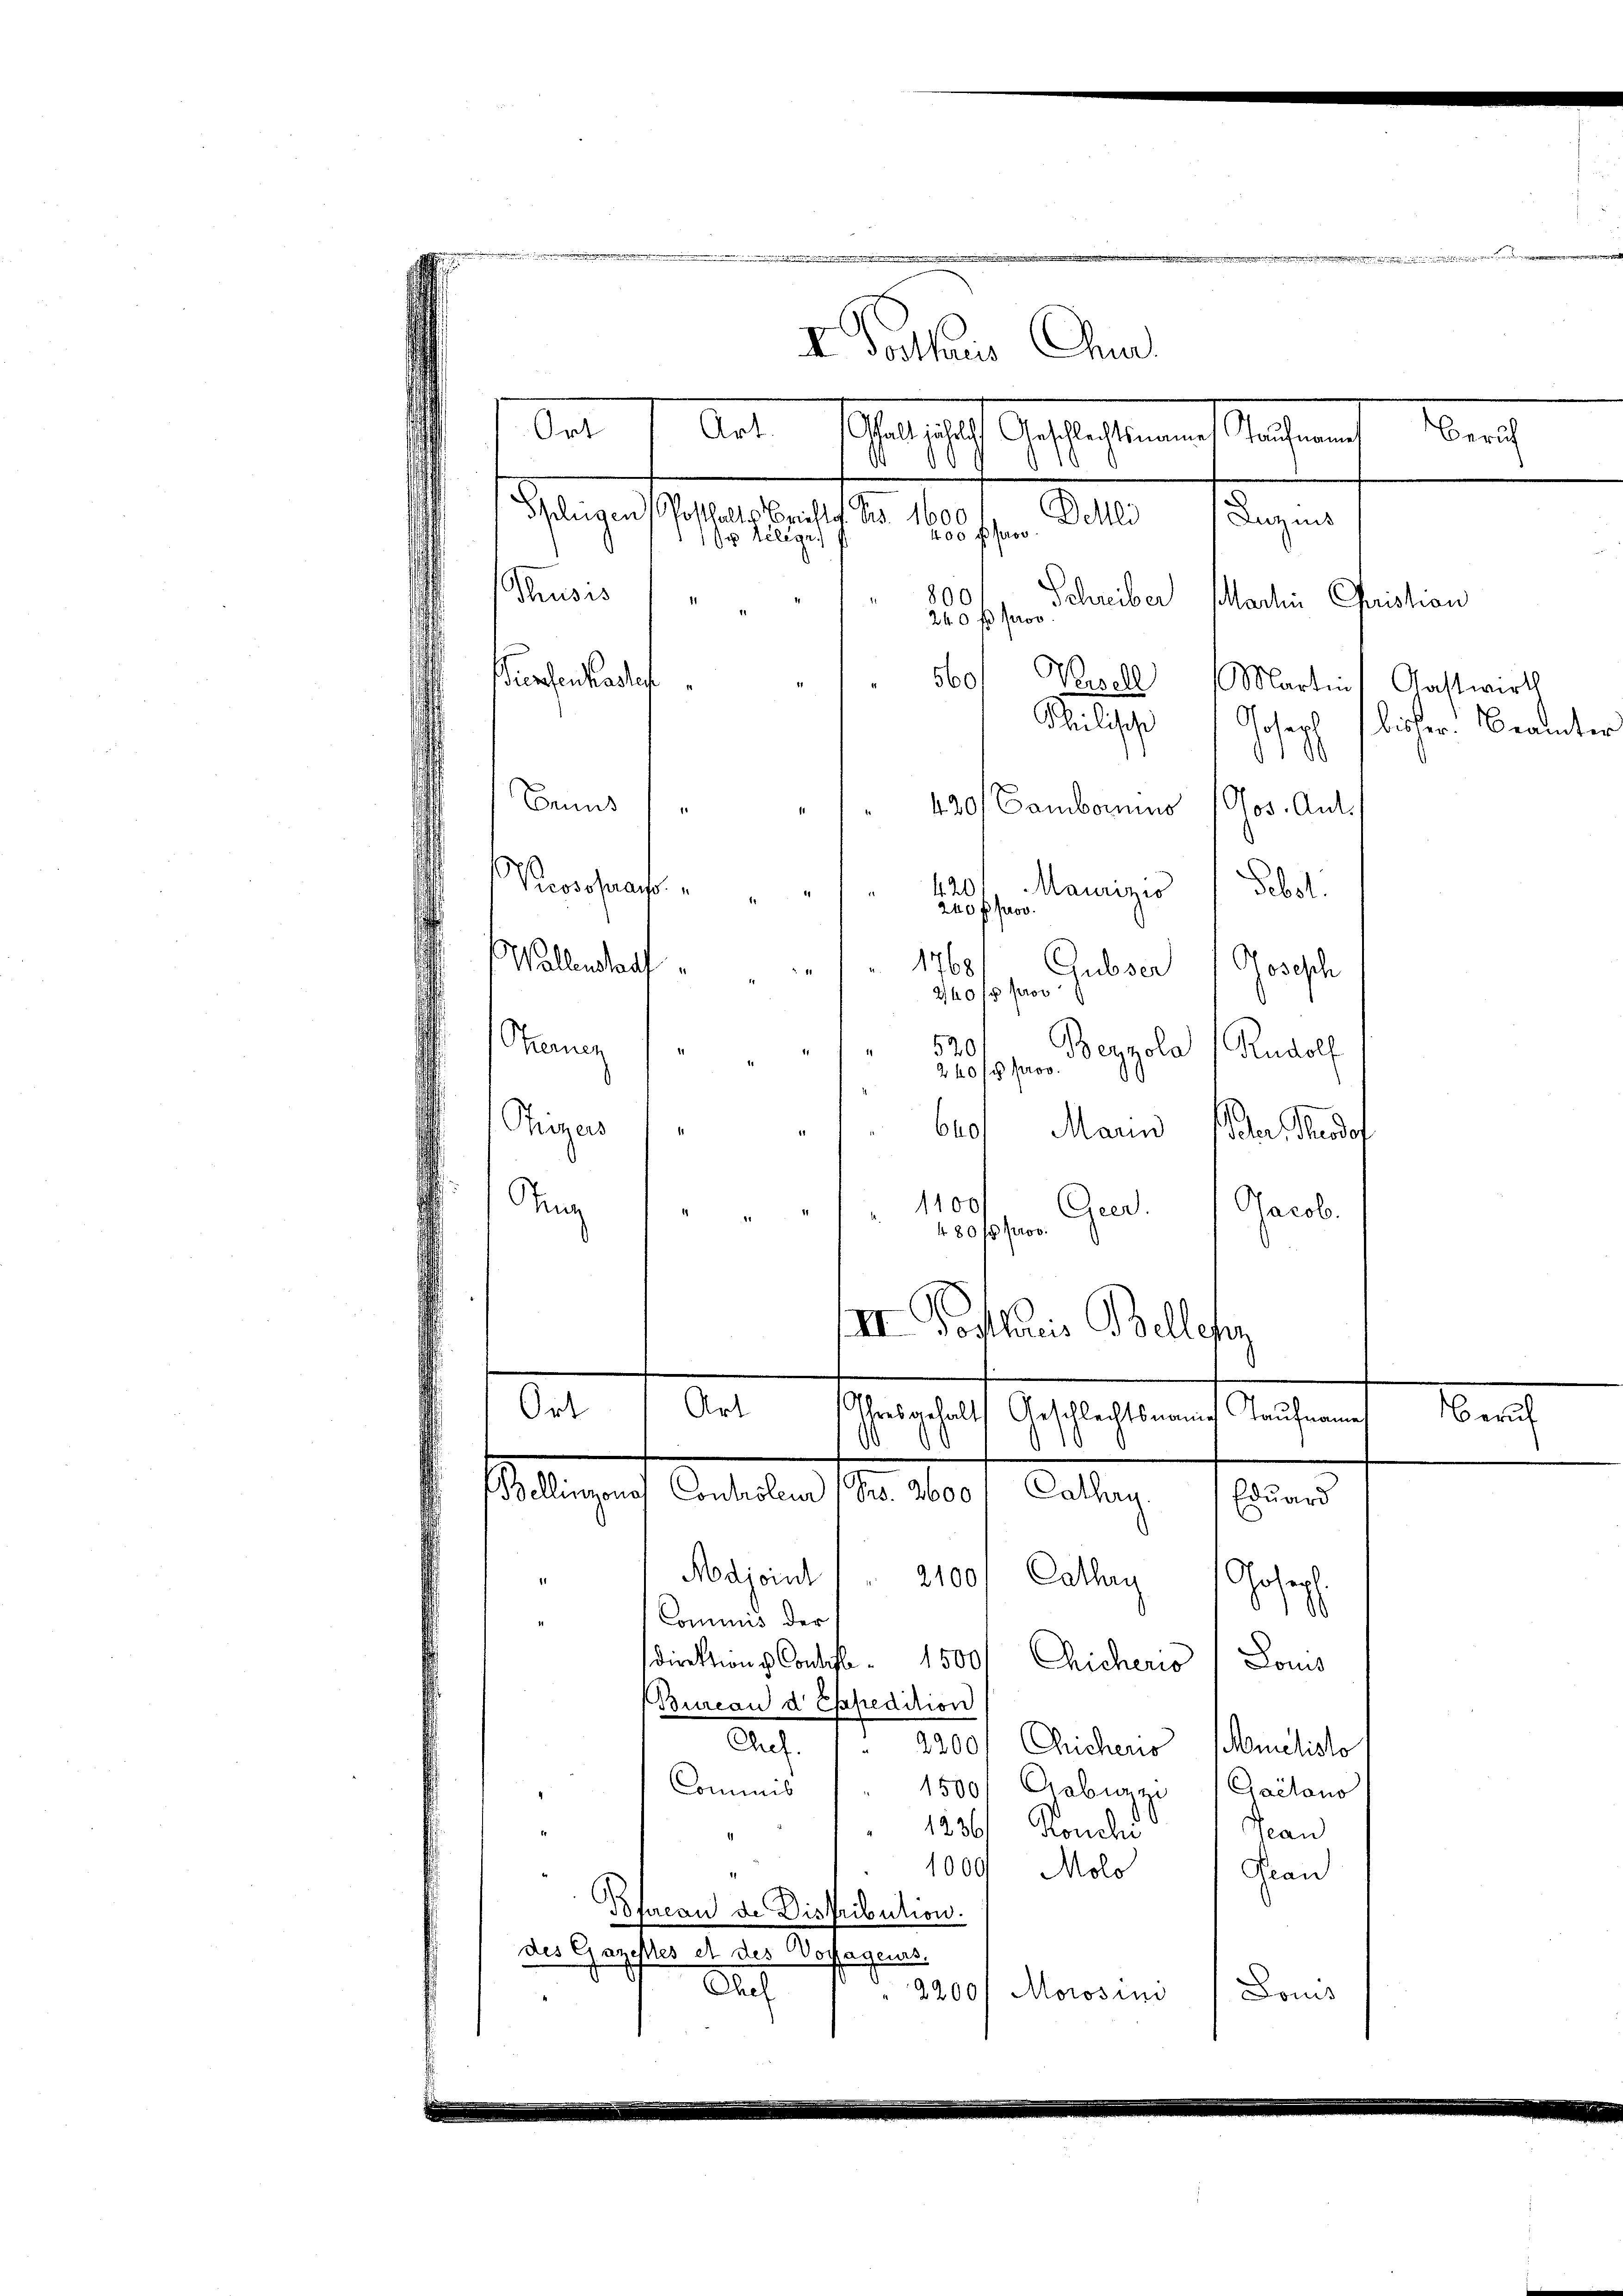
400 f prov
1x Telege.
Thusis
800
Schreiber Martin Christian
240 fl pro
560
Pinsenkasten
Verzell Martin Gastwirth
Philische
Gosarh
¬
¬
Sams
420/ Cambornino (Ges. Ant.
Preosofrat. " "
420
Maurizis Gebot.
240 f prov
Wallensauf
1768/ Gubser Josesch
Z. 11
24075 pro
Theren
520
Beyzola (Rudolf
240 f prov.
Tiezens
640/
Marin
ar Rudol
1100
Sing
Ceer.
Jacob.
480 f pro
III. Postharis Bellesz
Art
Ort
Ihresgehalt Geschlechtsmannes Kaufname
Nerach
Bellengono Controlen (S. 2600, Cathan. Eduard
Nodjoint ( 2100/ Cathany
11
Gofers
.
d
ominis der
sdirektions Contis 1500. Chicheris / Louis
Bureau d Expedition
Chef. 1. 2200/ Chichens (Miehisto
Commis
1500/ Crabuzzi (Gailono
12361 Ronche
Jean
1000 Molo
4
Gran
Bfacau de Dishibution.
des Gazeßes et des Bossagens.
Ach
Loms
2200f Morosini

I Jochus An
Ort
Art.
Gesich gestalten entlichen
Zürich
aegers gelastens des 18.
Belli (Luzins

bisher. Beamter